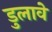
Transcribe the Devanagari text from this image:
डुलावें